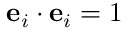
\mathbf { e } _ { i } \cdot \mathbf { e } _ { i } = 1